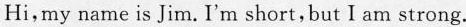
Hi,my name is Jim. I'm short, but I am strong.